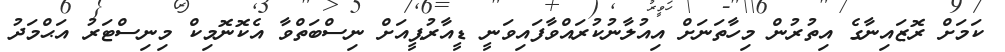
ކަމަށް ރޮޒައިނާގެ އިތުރުން މިހާތަނަށް އިއުލާނުކުރައްވާފައިވަނީ ޑީއާރުޕީއަށް ނިސްބަތްވާ އެކޮނޮމިކް މިނިސްޓަރު އަޙްމަދު